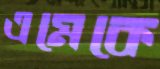
এমেকে